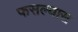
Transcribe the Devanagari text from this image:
फसल्यास